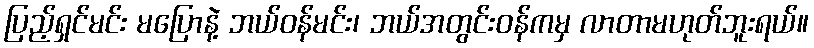
ပြည့်ရှင်မင်း မပြောနဲ့ ဘယ်ဝန်မင်း၊ ဘယ်အတွင်းဝန်ကမှ လာတာမဟုတ်ဘူးရယ်။